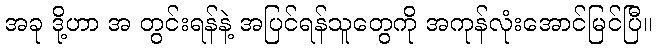
အခု ဒို့ဟာ အ တွင်းရန်နဲ့ အပြင်ရန်သူတွေကို အကုန်လုံးအောင်မြင်ပြီ။